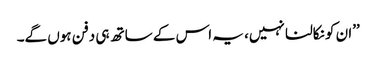
’’ان کو نکالنا نہیں، یہ اس کے ساتھ ہی دفن ہوں گے۔